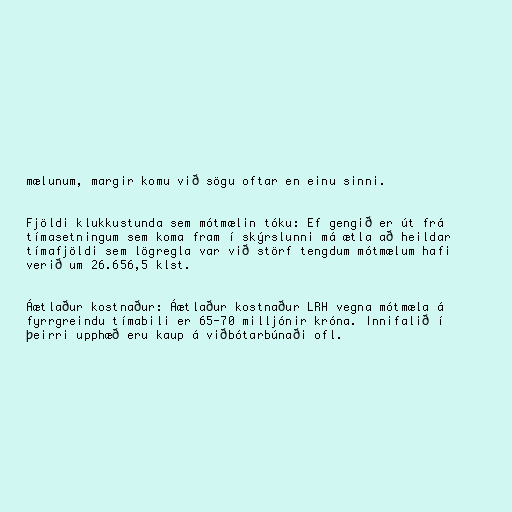
mælunum, margir komu við sögu oftar en einu sinni.

Fjöldi klukkustunda sem mótmælin tóku: Ef gengið er út frá
tímasetningum sem koma fram í skýrslunni má ætla að heildar
tímafjöldi sem lögregla var við störf tengdum mótmælum hafi
verið um 26.656,5 klst.

Áætlaður kostnaður: Áætlaður kostnaður LRH vegna mótmæla á
fyrrgreindu tímabili er 65-70 milljónir króna. Innifalið í
þeirri upphæð eru kaup á viðbótarbúnaði ofl.